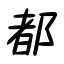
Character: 都